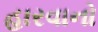
હારવાનો